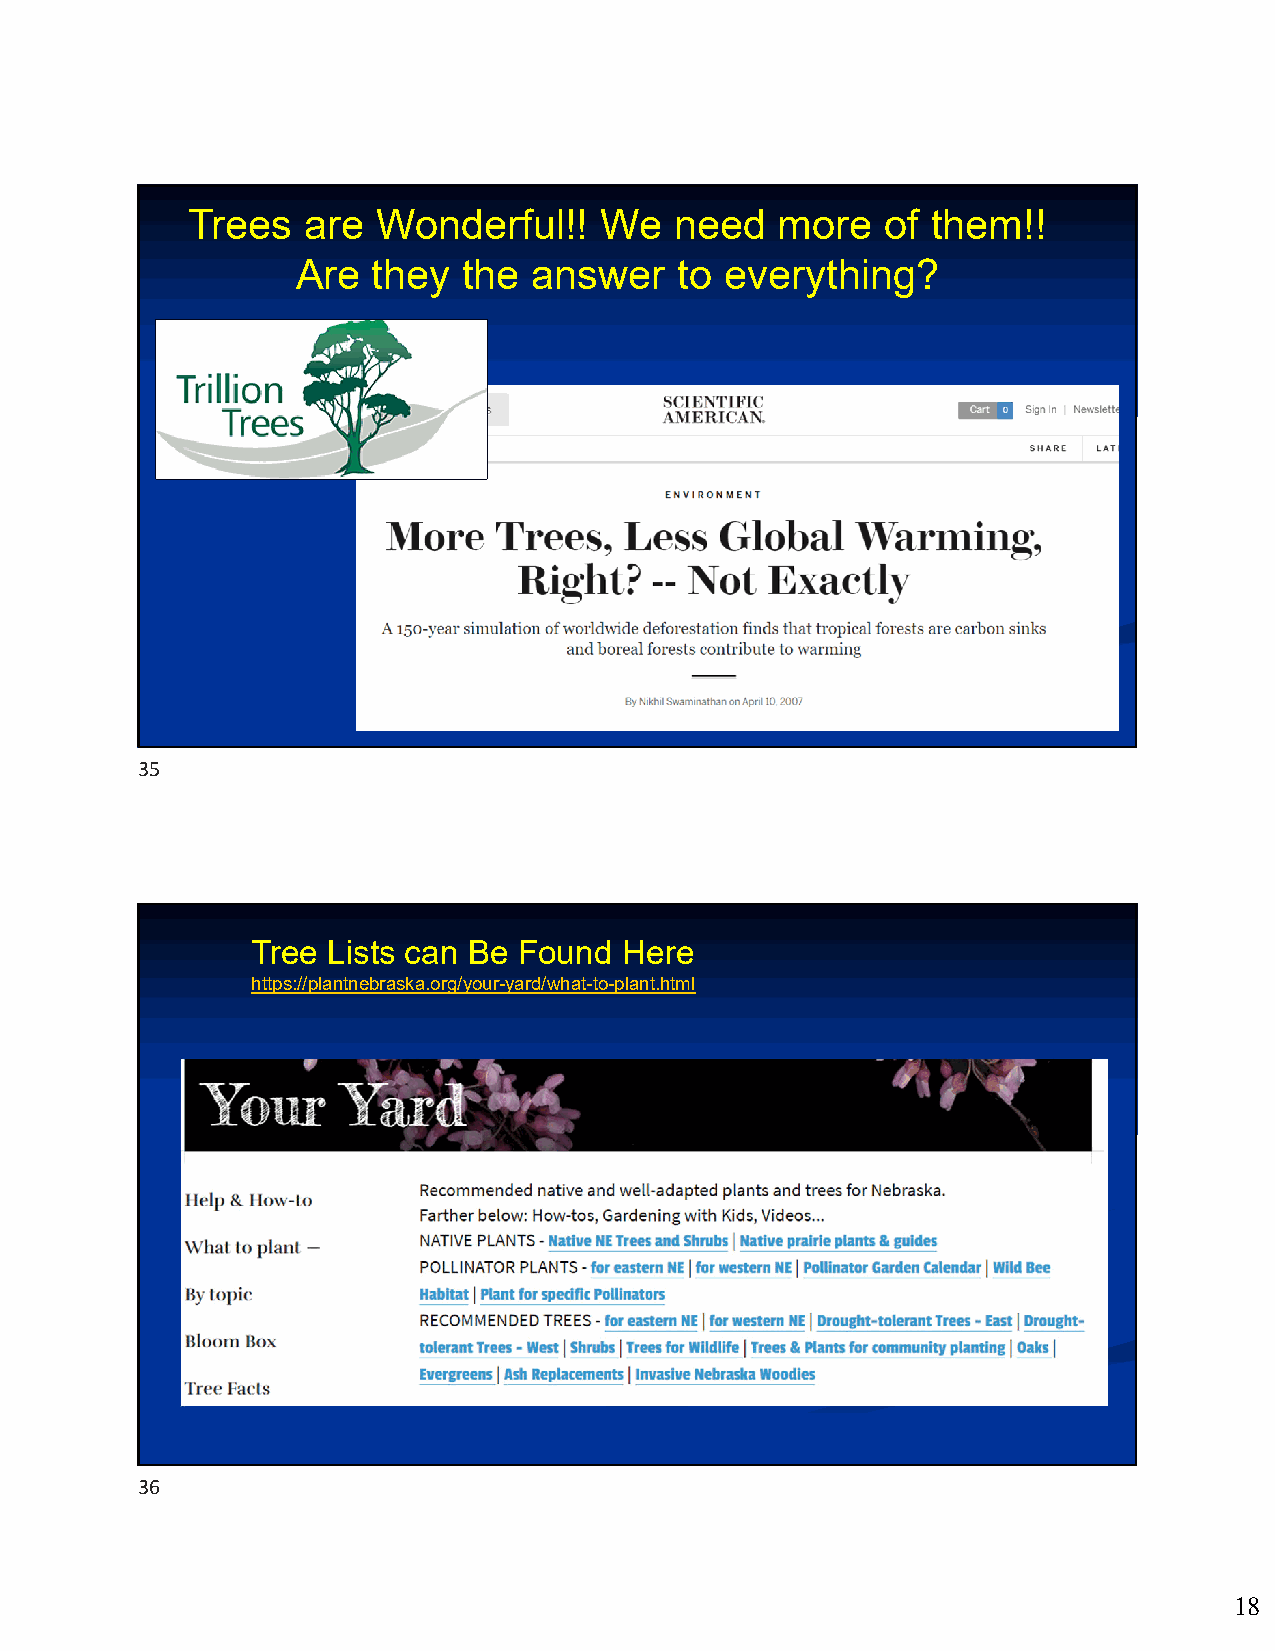
Trees   are  Wonderful!!    We   need   more   of them!!
 Are  they  the answer    to everything?
 35
 Tree Lists can Be Found Here
 https://plantnebraska.org/your-yard/what-to-plant.html
 36
 18